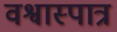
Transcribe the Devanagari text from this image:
वश्वास्पात्र